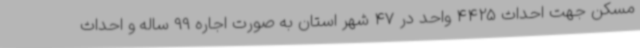
مسکن جهت احداث 4425 واحد در 47 شهر استان به صورت اجاره 99 ساله و احداث